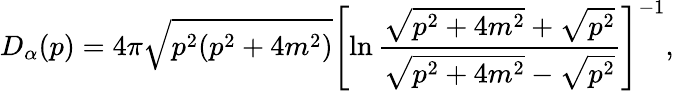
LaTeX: D_{\alpha}(p)=4\pi\sqrt{p^{2}(p^{2}+4m^{2})}\left[\ln\frac{\sqrt{p^{2}+4m^{2}}+\sqrt{p^{2}}}{\sqrt{p^{2}+4m^{2}}-\sqrt{p^{2}}}\right]^{-1},